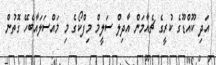
އަދި ކޫއްޑޫގެ ކުރީގެ ޗެއާމަން އާދިލް ސަލީމް މިފްކޯގެ މި މައްސަލައާބެހޭ ގޮތުން